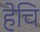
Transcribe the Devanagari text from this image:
हेचि